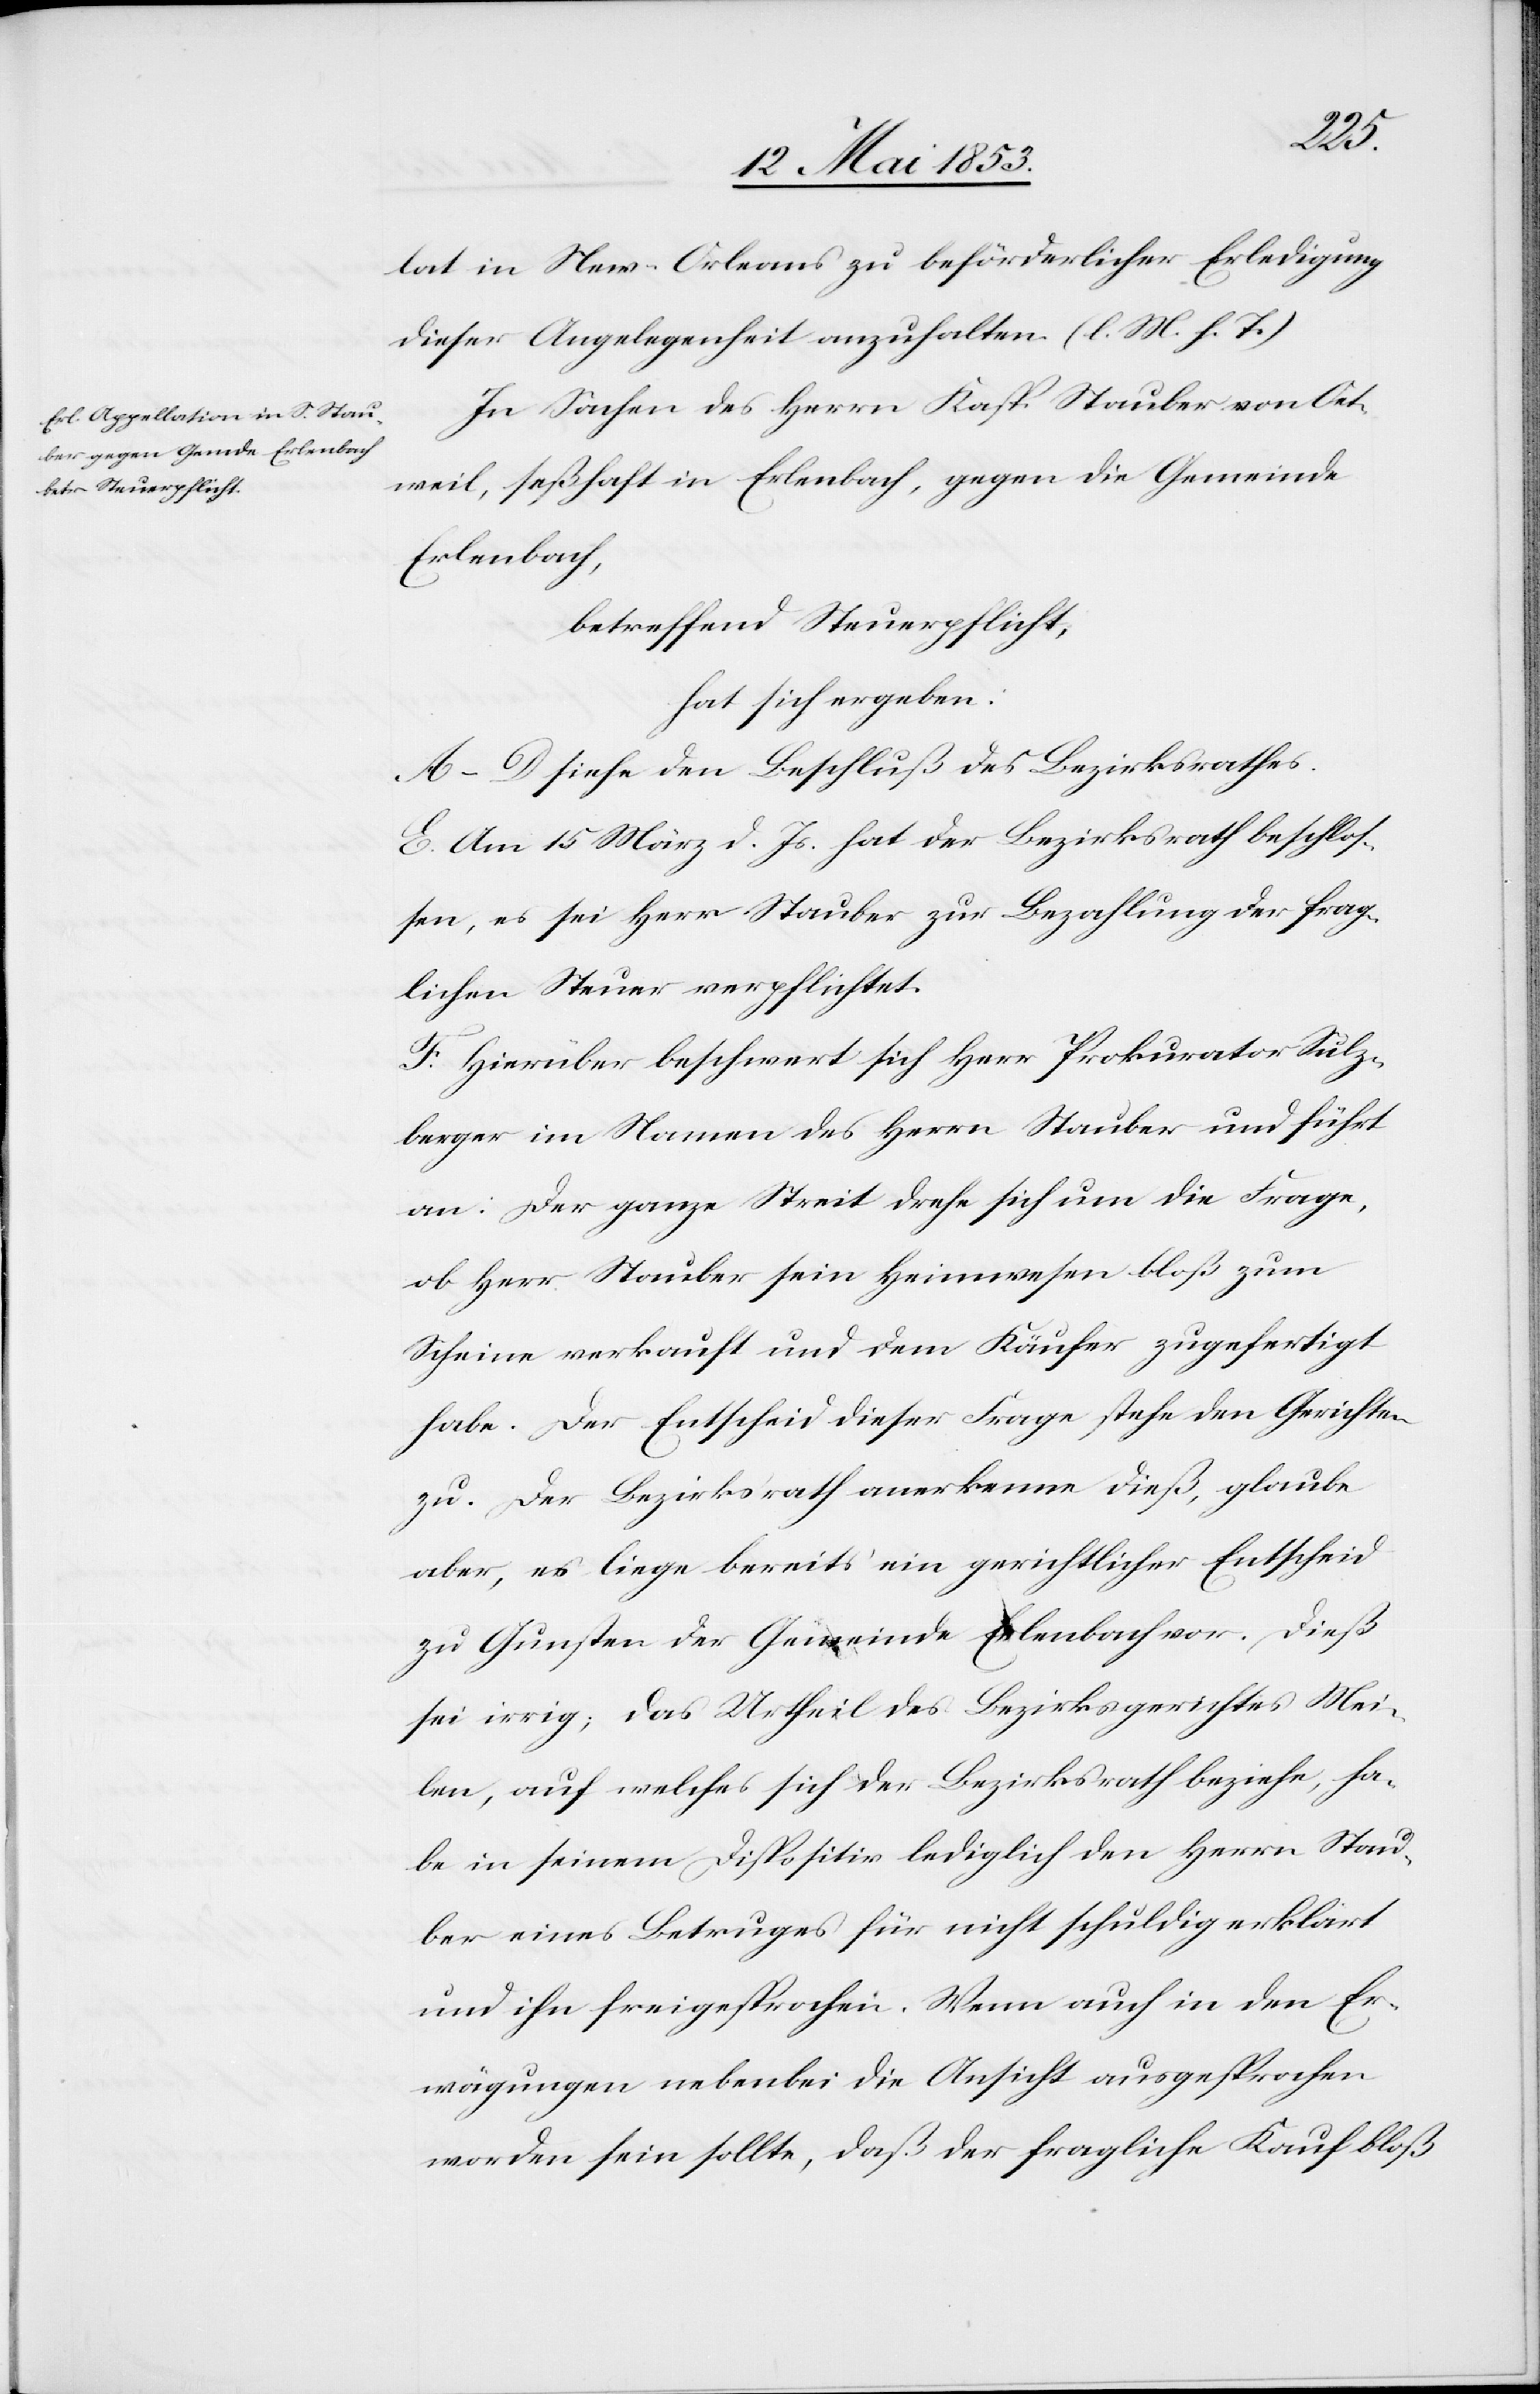
lat in New-Orleans zu beförderlicher Erledigung
dieser Angelegenheit anzuhalten. [l. M. h. T]
In Sachen des Herrn Kasp. Stauber von Oet¬
weil, seßhaft in Erlenbach, gegen die Gemeinde
Erlenbach,
betreffend Steuerpflicht,
hat sich ergeben:
A–D siehe den Beschluß des Bezirksrathes.
E. Am 15 März d. Js. hat der Bezirksrath beschloß¬
en, es sei Herr Stauber zu Bezahlung der frag¬
lichen Steuer verpflichtet.
F. Hierüber beschwert sich Herr Prokurator Sulz¬
berger im Namen des Herrn Stauber und führt
an: Der ganze Streit drehe sich um die Frage,
ob Herr Stauber sein Heimwesen bloß zum
Scheine verkauft und dem Käufer zugefertigt
habe. Der Entscheid dieser Frage stehe den Gerichten
zu. Der Bezirksrath anerkenne dieß, glaube
aber, es liege bereits ein gerichtlicher Entscheid
zu Gunsten der Gemeinde Erlenbach vor. Dieß
sei irrig; das Urtheil des Bezirksgerichtes Mei¬
len, auf welches ich der Bezirksrath beziehe, ha¬
be in seinem Dispositiv lediglich den Herrn Stau¬
ber eines Betruges für nicht schuldig erklärt
und ihn freigesprochen. Wenn auch in den Er¬
wägungen nebenbei die Ansicht ausgesprochen
worden sein sollte, daß der fragliche Kauf bloß